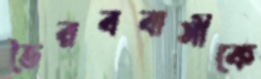
ভৈরববাসীকে